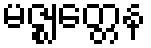
မဇ္ဈတ္တေန